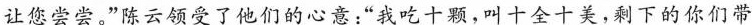
让您尝尝。”陈云领受了他们的心意：”我吃十颗，叫十全十美，剩下的你们带